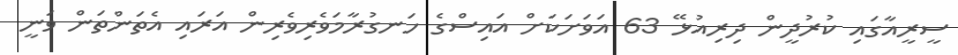
ސީރީއާގައި ކުރުދީން ދިރިއުޅޭ 63 އަވަށަކަށް އައިސްގެ ހަނގުރާމަވެރިވެރިން އަރައި އެތަންތަން ވަނީ